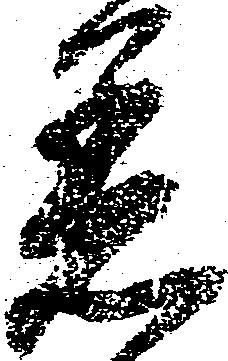
着